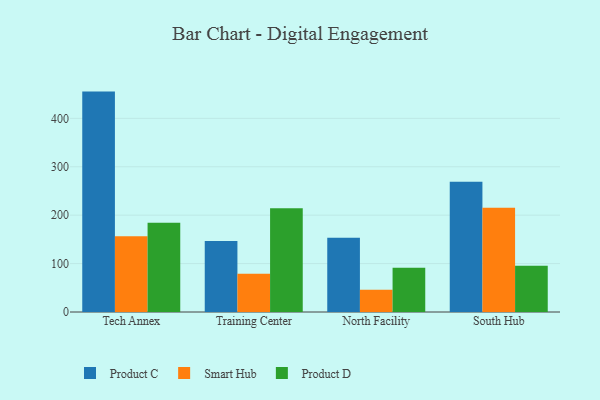
{"axis": {"x": "Campus", "y": "Churn Rate (%)"}, "legend": ["Product C", "Product D", "Smart Hub"], "data": [{"x": "Tech Annex", "y": 455.2, "type": "Product C"}, {"x": "Tech Annex", "y": 156.4, "type": "Smart Hub"}, {"x": "Tech Annex", "y": 184.4, "type": "Product D"}, {"x": "Training Center", "y": 146.5, "type": "Product C"}, {"x": "Training Center", "y": 78.9, "type": "Smart Hub"}, {"x": "Training Center", "y": 214.4, "type": "Product D"}, {"x": "North Facility", "y": 153.4, "type": "Product C"}, {"x": "North Facility", "y": 45.9, "type": "Smart Hub"}, {"x": "North Facility", "y": 91.2, "type": "Product D"}, {"x": "South Hub", "y": 268.9, "type": "Product C"}, {"x": "South Hub", "y": 215.1, "type": "Smart Hub"}, {"x": "South Hub", "y": 95.7, "type": "Product D"}]}